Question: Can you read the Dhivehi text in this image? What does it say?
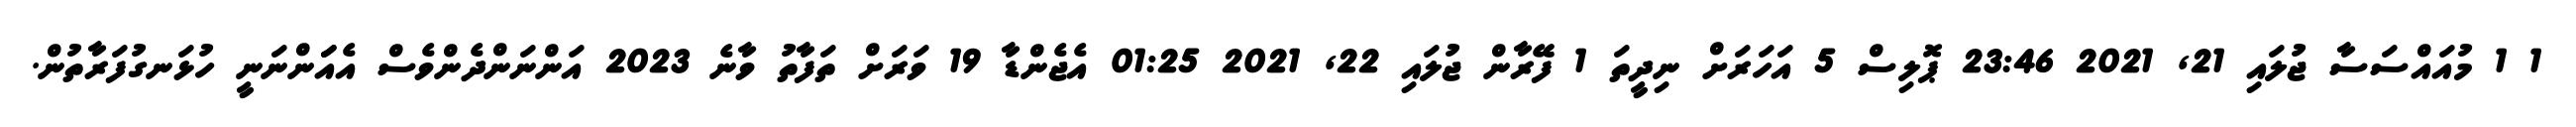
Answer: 1 1 މުއައްސަސާ ޖުލައި 21, 2021 23:46 ޕޮލިސް 5 އަހަރަށް ނިދީތަ 1 ފޭރާން ޖުލައި 22, 2021 01:25 އެޖެންޑާ 19 ވަރަށް ތަފާތު ވާނެ 2023 އަންނަންދެންވެސް އެއަަންނަނީ ހުޅަނގުފަރާތުން.